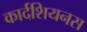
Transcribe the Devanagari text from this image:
कार्दशियनस